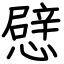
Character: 憵